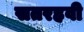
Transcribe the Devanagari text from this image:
सतरहवी